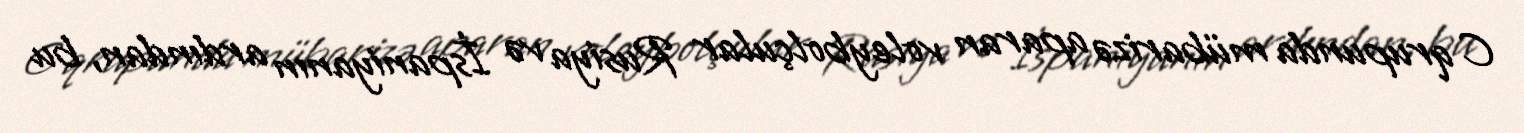
C qrupunda mübarizə aparan voleybolçular Rusiya və İspaniyanın ardından, bu